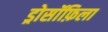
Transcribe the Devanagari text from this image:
ड्रोसॉफ़िला